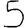
Digit: 5